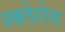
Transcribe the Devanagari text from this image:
स्क्लेरोस